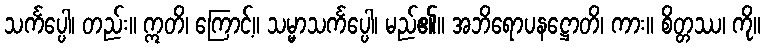
သင်္ကပ္ပေါ၊ တည်း။ ဣတိ၊ ကြောင့်။ သမ္မာသင်္ကပ္ပေါ၊ မည်၏။ အဘိရောပနဋ္ဌောတိ၊ ကား။ စိတ္တဿ၊ ကို။